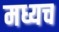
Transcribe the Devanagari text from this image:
मध्यच